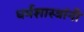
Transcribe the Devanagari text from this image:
धर्मशास्त्रांनी